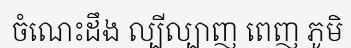
ចំណេះដឹង ល្បីល្បាញ ពេញ ភូមិ